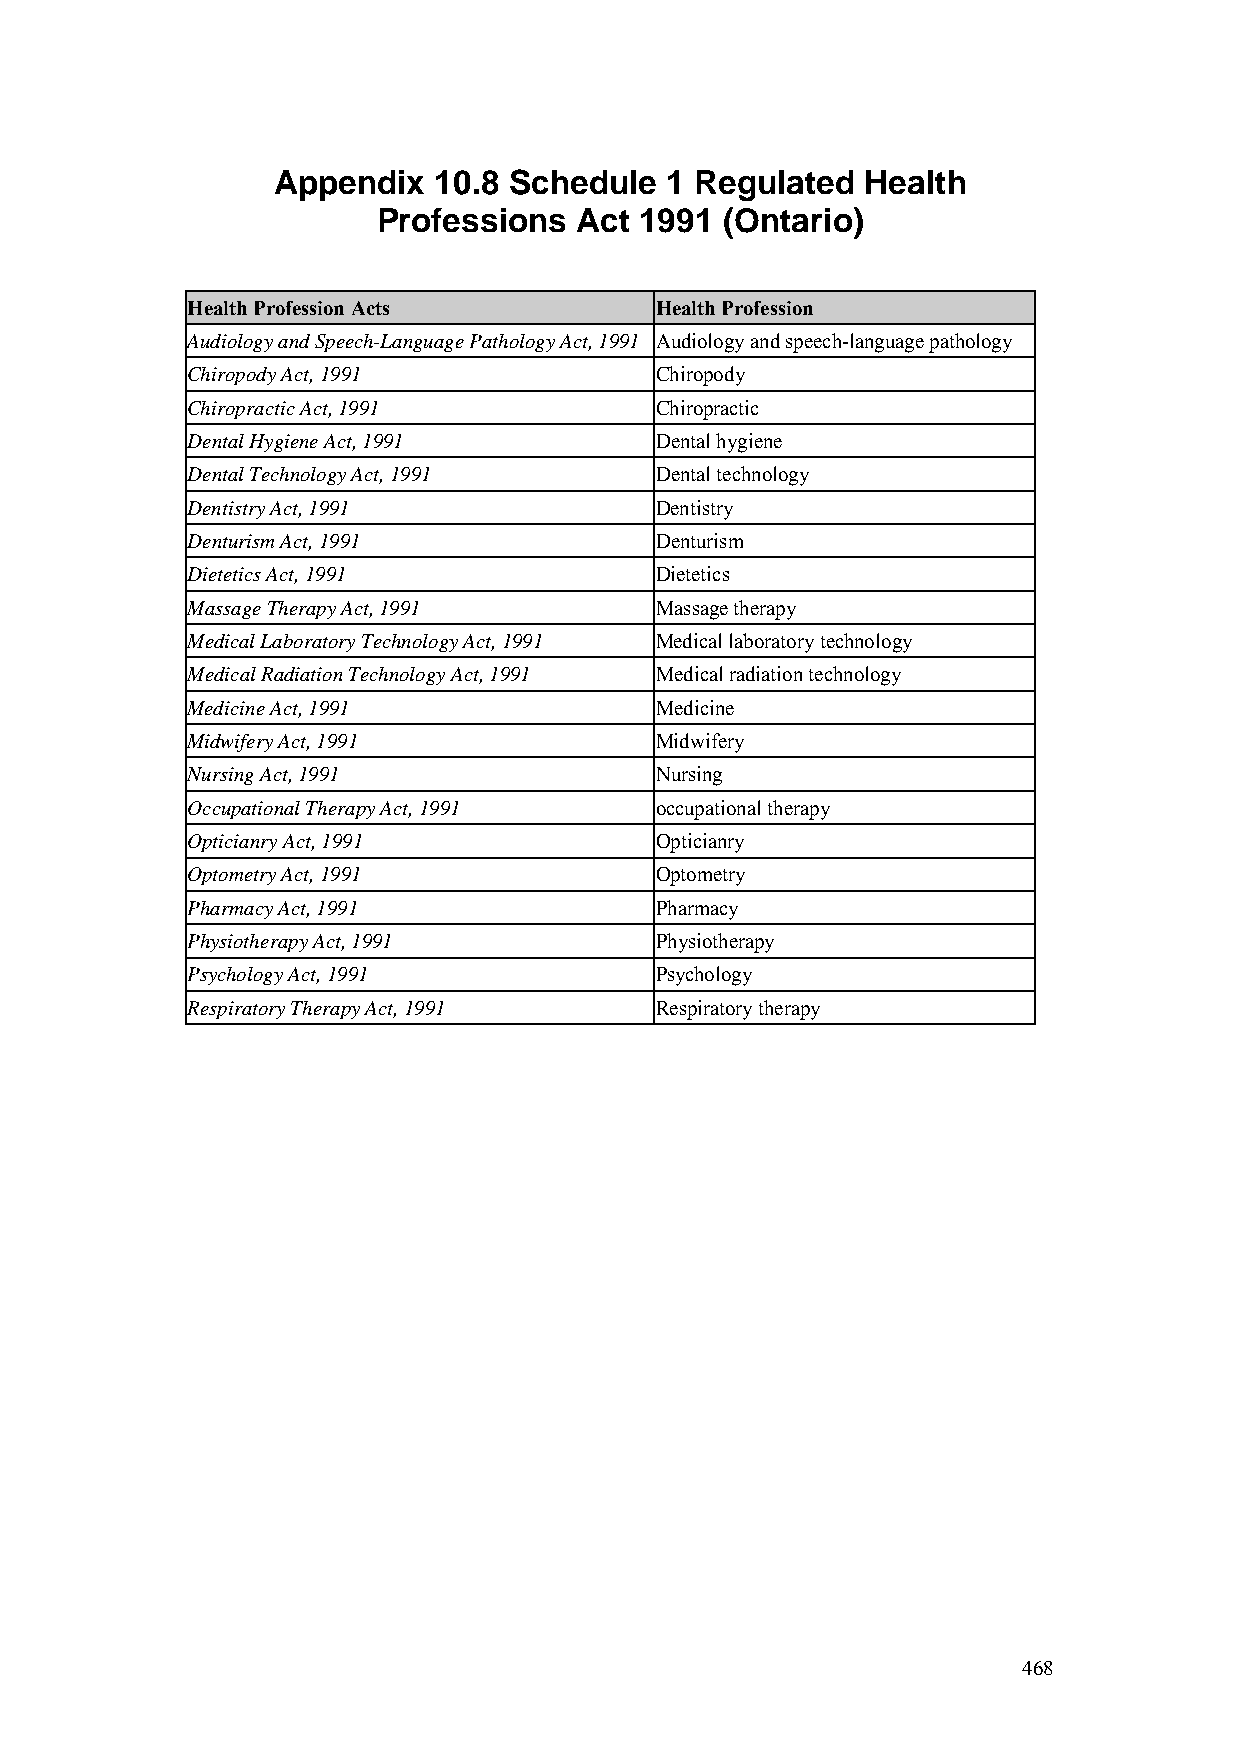
Appendix   10.8 Schedule  1 Regulated  Health
 Professions  Act 1991  (Ontario)
 Health Profession Acts         Health Profession
 Audiology and Speech-Language Pathology Act, 1991 Audiology and speech-language pathology
 Chiropody Act, 1991            Chiropody
 Chiropractic Act, 1991         Chiropractic
 Dental Hygiene Act, 1991       Dental hygiene
 Dental Technology Act, 1991    Dental technology
 Dentistry Act, 1991            Dentistry
 Denturism Act, 1991            Denturism
 Dietetics Act, 1991            Dietetics
 Massage Therapy Act, 1991      Massage therapy
 Medical Laboratory Technology Act, 1991 Medical laboratory technology
 Medical Radiation Technology Act, 1991 Medical radiation technology
 Medicine Act, 1991             Medicine
 Midwifery Act, 1991            Midwifery
 Nursing Act, 1991              Nursing
 Occupational Therapy Act, 1991 occupational therapy
 Opticianry Act, 1991           Opticianry
 Optometry Act, 1991            Optometry
 Pharmacy Act, 1991             Pharmacy
 Physiotherapy Act, 1991        Physiotherapy
 Psychology Act, 1991           Psychology
 Respiratory Therapy Act, 1991  Respiratory therapy
 468